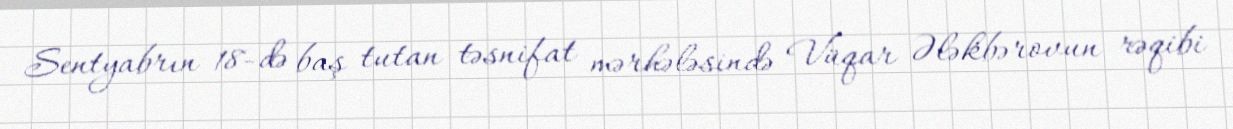
Sentyabrın 18-də baş tutan təsnifat mərhələsində Vüqar Ələkbərovun rəqibi